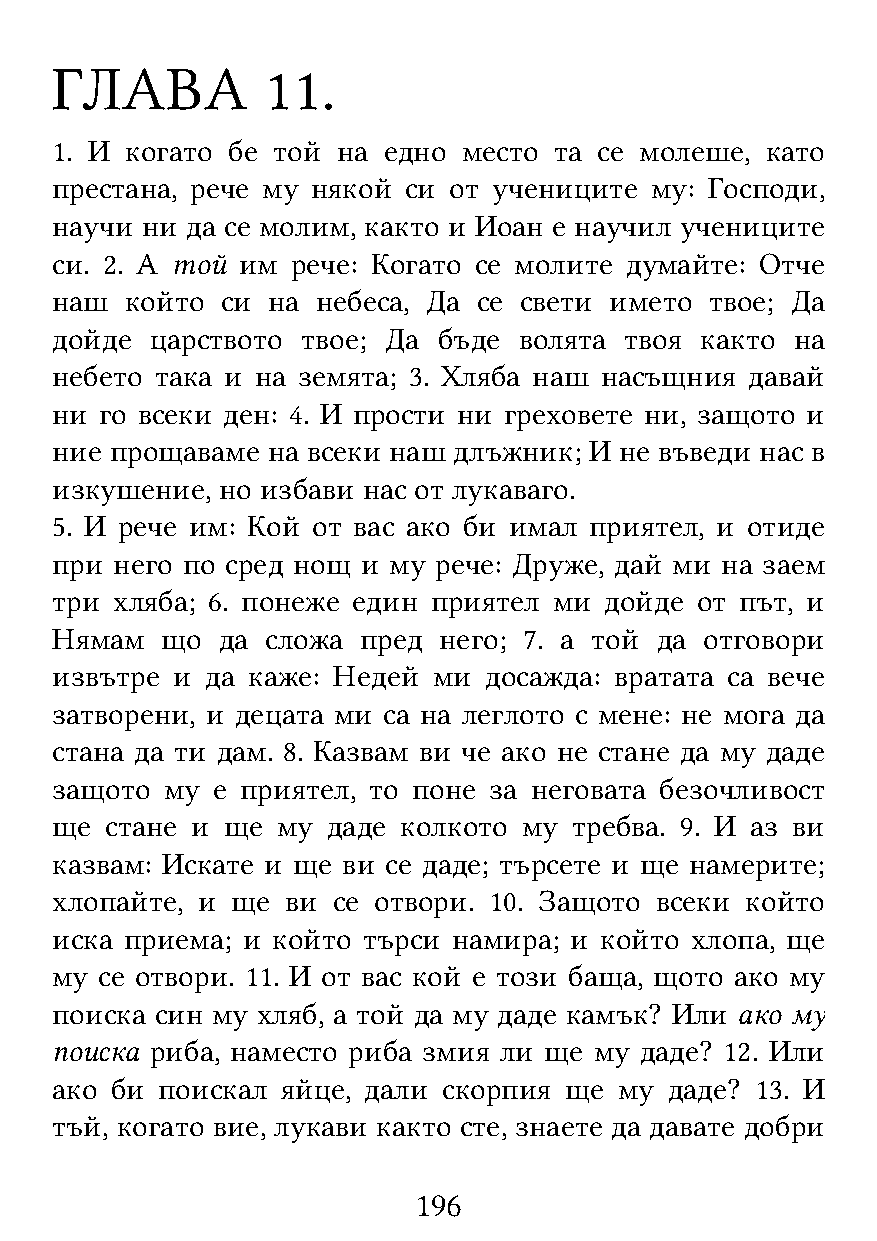
ГЛАВА          11.
 1. И когато бе той на едно  место та се молеше, като
 престана, рече му някой си от учениците му: Господи,
 научи ни да се молим, както и Иоан е научил учениците
 си. 2. А той им рече: Когато се молите думайте: Отче
 наш  който  си на небеса, Да се свети името твое; Да
 дойде  царството твое; Да бъде волята твоя както  на
 небето така и на земята; 3. Хляба наш насъщния давай
 ни  го всеки ден: 4. И прости ни греховете ни, защото и
 ние прощаваме  на всеки наш длъжник; И не въведи нас в
 изкушение,  но избави нас от лукаваго.
 5. И рече им: Кой от вас ако би имал приятел, и отиде
 при  него по сред нощ и му рече: Друже, дай ми на заем
 три хляба; 6. понеже един приятел ми дойде от път, и
 Нямам   що да  сложа пред него; 7. а той да отговори
 извътре и  да каже: Недей ми досажда: вратата са вече
 затворени, и децата ми са на леглото с мене: не мога да
 стана да ти дам. 8. Казвам ви че ако не стане да му даде
 защото  му е приятел, то поне за неговата безочливост
 ще  стане и ще му  даде колкото му требва. 9. И аз ви
 казвам: Искате и ще ви се даде; търсете и ще намерите;
 хлопайте, и ще  ви се отвори. 10. Защото всеки който
 иска приема; и който търси намира; и който хлопа, ще
 му се отвори. 11. И от вас кой е този баща, щото ако му
 поиска син му хляб, а той да му даде камък? Или ако му
 поиска риба, наместо риба змия ли ще му даде? 12. Или
 ако би поискал  яйце, дали скорпия ще му даде? 13. И
 тъй, когато вие, лукави както сте, знаете да давате добри
 196